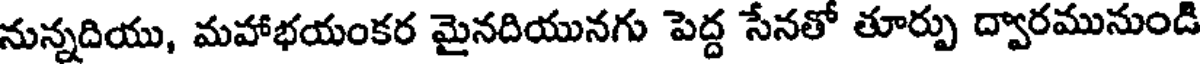
నున్నదియు, మహాభయంకర మైనదియునగు పెద్ద సేనతో తూర్పు ద్వారమునుండి